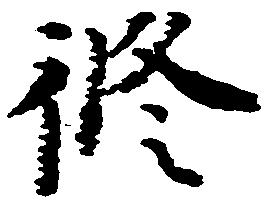
修